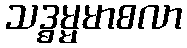
သဒ္ဓမ္မမာစလာ